Annual statistical returns and brief notes on vaccination in Bengal - 1896-1909
Year: 1896
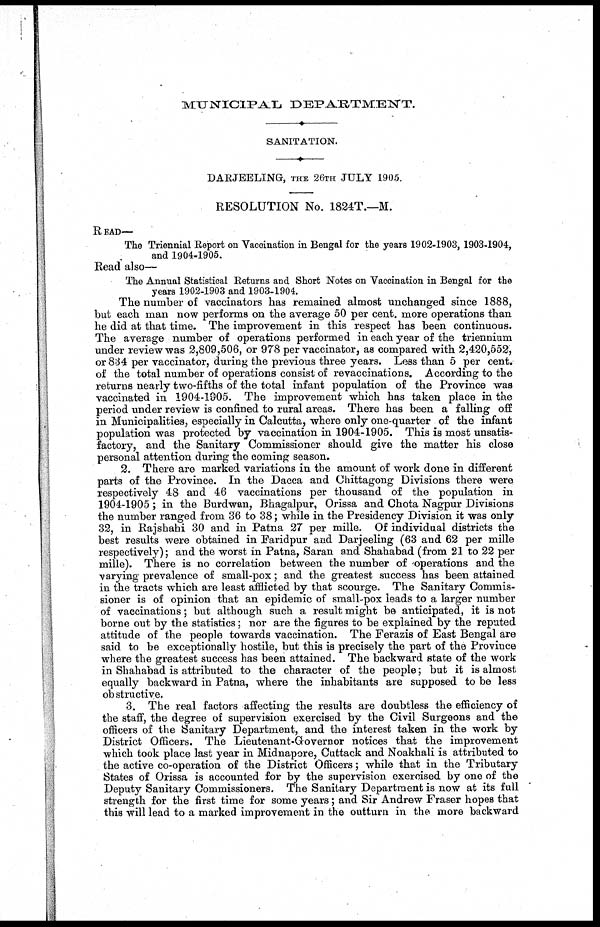
MUNICIPAL DEPARTMENT.
SANITATION.
DARJEELING, THE 26TH JULY 1905.
RESOLUTION No. 1824T.—M.
READ—
The Triennial Report on Vaccination in Bengal for the years 1902-1903, 1903-1904,
and 1904-1905.
Read also—
The Annual Statistical Returns and Short Notes on Vaccination in Bengal for the
years 1902-1903 and 1903-1904.
The number of vaccinators has remained almost unchanged since 1888,
but each man now performs on the average 50 per cent. more operations than
he did at that time. The improvement in this respect has been continuous.
The average number of operations performed in each year of the triennium
under review was 2,809,506, or 978 per vaccinator, as compared with 2,420,552,
or 834 per vaccinator, during the previous three years. Less than 5 per cent.
of the total number of operations consist of revaccinations. According to the
returns nearly two-fifths of the total infant population of the Province was
vaccinated in 1904-1905. The improvement which has taken place in the
period under review is confined to rural areas. There has been a falling off
in Municipalities, especially in Calcutta, where only one-quarter of the infant
population was protected by vaccination in 1904-1905. This is most unsatis-
factory, and the Sanitary Commissioner should give the matter his close
personal attention during the coming season.
2. There are marked variations in the amount of work done in different
parts of the Province. In the Dacca and Chittagong Divisions there were
respectively 48 and 46 vaccinations per thousand of the population in
1904-1905; in the Burdwan, Bhagalpur, Orissa and Chota Nagpur Divisions
the number ranged from 36 to 38; while in the Presidency Division it was only
32, in Rajshahi 30 and in Patna 27 per mille. Of individual districts the
best results were obtained in Faridpur and Darjeeling (63 and 62 per mille
respectively); and the worst in Patna, Saran and Shahabad (from 21 to 22 per
mille). There is no correlation between the number of operations and the
varying prevalence of small-pox; and the greatest success has been attained
in the tracts which are least afflicted by that scourge. The Sanitary Commis-
sioner is of opinion that an epidemic of small-pox leads to a larger number
of vaccinations; but although such a result might be anticipated, it is not
borne out by the statistics; nor are the figures to be explained by the reputed
attitude of the people towards vaccination. The Ferazis of East Bengal are
said to be exceptionally hostile, but this is precisely the part of the Province
where the greatest success has been attained. The backward state of the work
in Shahabad is attributed to the character of the people; but it is almost
equally backward in Patna, where the inhabitants are supposed to be less
obstructive.
3. The real factors affecting the results are doubtless the efficiency of
the staff, the degree of supervision exercised by the Civil Surgeons and the
officers of the Sanitary Department, and the interest taken in the work by
District Officers. The Lieutenant-Governor notices that the improvement
which took place last year in Midnapore, Cuttack and Noakhali is attributed to
the active co-operation of the District Officers; while that in the Tributary
States of Orissa is accounted for by the supervision exercised by one of the
Deputy Sanitary Commissioners. The Sanitary Department is now at its full
strength for the first time for some years; and Sir Andrew Fraser hopes that
this will lead to a marked improvement in the outturn in the more backward